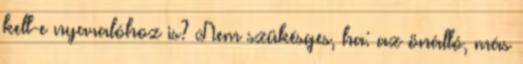
kell-e nyaralóhoz is? Nem szükésges, ha: az önálló, más